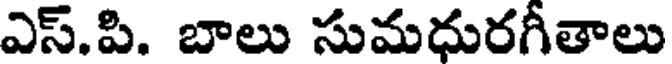
ఎస్.పి. బాలు సుమధురగీతాలు